Report on vaccination in Madras 1922-1929 - 1922-1929
Year: 1922
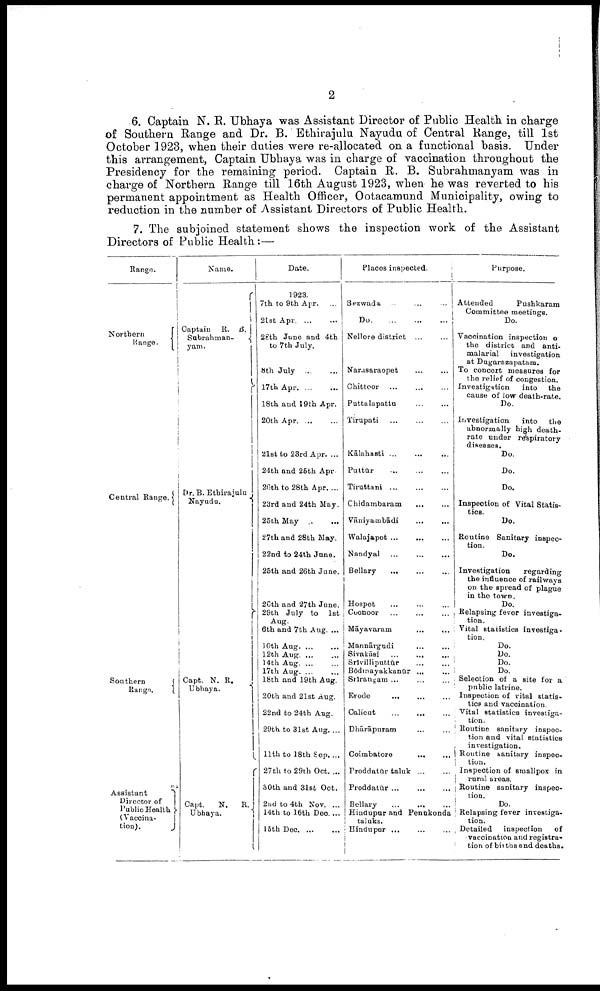
2
6. Captain N. R. Ubhaya was Assistant Director of Public Health in charge
of Southern Range and Dr. B. Ethirajulu Nayudu of Central Range, till 1st
October 1923, when their duties were re-allocated on a functional basis. Under
this arrangement, Captain Ubhaya was in charge of vaccination throughout the
Presidency for the remaining period. Captain R. B. Subrahmanyam was in
charge of Northern Range till 16th August 1923, when he was reverted to his
permanent appointment as Health Officer, Ootacamund Municipality, owing to
reduction in the number of Assistant Directors of Public Health.
7. The subjoined statement shows the inspection work of the Assistant
Directors of Public Health:—
Range.
Northern
Range.
Central Range.
Southern
Range.
Assistant
Director of
Public Health
(Vaccina-
tion).
Name.
Captain R. B.
Subrahman-
yam.
Dr. B. Ethirajulu
Nayudu.
Capt. N. R.
Ubhaya.
Capt.
N.
R.
Ubhaya.
Date.
1923.
7th to 9th Apr. ...
2lst Apr ... ... ...
28th June and 4th
to 7th July.
8th July ... ... ...
l7thApr
...
...
18th and 19th Apr.
20th Apr. ... ...
21st to 23rd Apr. ...
24th and 25th Apr.
26th to 28th Apr. ...
23rd and 24th May.
25th May
...
...
27th and 28th May.
22nd to 24th June.
25th and 26th June.
26th and 27th June.
29th July to 1st
Aug.
6th and 7th Aug. ...
10th Aug. ... ...
12th Aug. ... ...
14th Aug. ... ... ...
17th Aug. ... ...
18th and 19th Aug.
20th and 21st Aug.
22nd to 24th Aug.
29th to 31st Aug. ...
11th to 18th Sep. ...
27th to 29th Oct. ...
30th and 31st Oct.
2nd to 4th Nov. ...
14th to 16th Dec. ...
15th Dec. ... ...
Places inspected.
Bezwada
...
...
...
Do. ... ... ...
Nellore district ... ...
Narasaraopet ... ...
Chittoor ... ... ...
Puttalapattu
...
...
Tirupati
...
...
...
Kālahasti ... ... ...
Puttūr
...
...
...
Tiruttani
...
...
...
Chidambaram
...
...
Vāniyambādi
... ...
Walajapet
...
...
...
Nandyal
...
...
...
Bellary ... ... ...
Hospet ... ... ...
Coonoor ... ... ...
Māyavaram
...
...
Mannārgudi ... ...
Sivakāsi ...
...
Srīvilliputtūr
... ...
Bōdwayakkanūr ... ...
Srirangam ... ...
Erode
...
...
...
Calicut
...
...
Dhārāpuram ... ...
Coimbatore
...
...
Proddatūr taluk
...
...
Proddatūr ...
Bellary
...
...
...
Hindupur and Penukonda
taluks.
Hindupur ...
...
...
Purpose.
Attended
Pushkaram
Committee meetings.
Do.
Vaccination inspection o
the district and anti
malarial
investigation
at Dugarazapatam.
To concert measures for
the relief of congestion.
Investigation
into the
cause of low death-rate.
Do.
Investigation
into
the
abnormally high death-
rate under respiratory
diseases.
Do.
Do.
Do.
Inspection of Vital Statis
tics.
Do.
Routine Sanitary inspec
tion.
Do.
Investigation
regarding
the influence of railways
on the spread of plague
in the town.
Do.
Relapsing fever investiga
tion.
Vital statistics investiga-
tion.
Do.
Do.
Do.
Do.
Selection of a site for a
public latrine.
Inspection of vital statis
tics and vaccination.
Vital statistics investiga-
tion.
Routine sanitary inspec
tion and vital statistics
investigation.
Routine sanitary inspec-
tion.
Inspection of smallpox in
rural areas.
Routine sanitary inspec
tion.
Do.
Relapsing fever investiga-
tion.
Detailed inspection
of
vaccination and registra
tion of births and deaths.